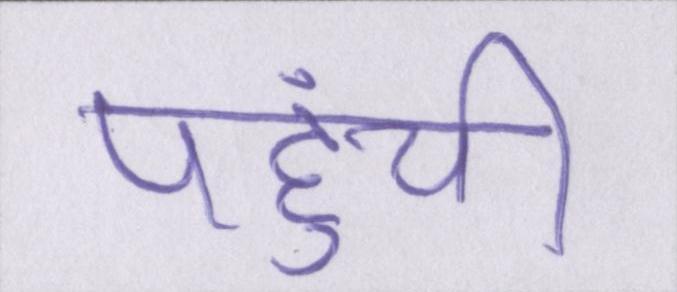
पहुंची